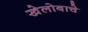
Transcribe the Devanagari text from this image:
खेलोबाचे